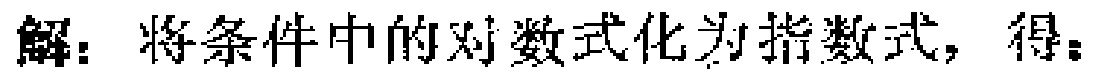
解：将条件中的对数式化为指数式，得：